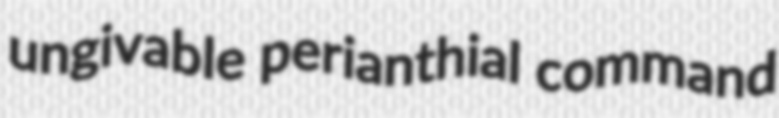
ungivable perianthial command